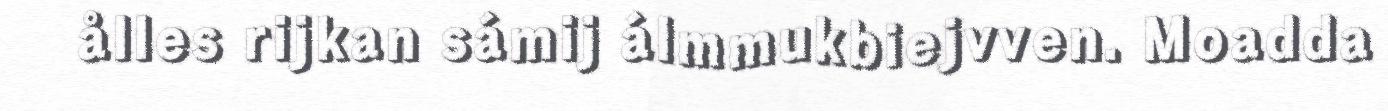
ålles rijkan sámij álmmukbiejvven. Moadda